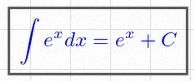
\int e^x dx=e^x+C